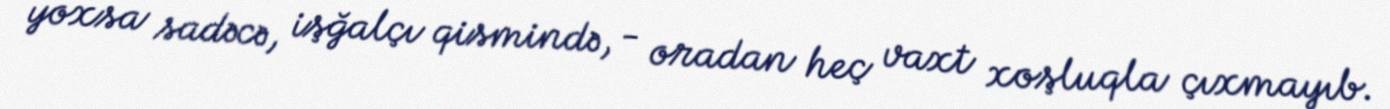
yoxsa sadəcə, işğalçı qismində, - oradan heç vaxt xoşluqla çıxmayıb.